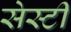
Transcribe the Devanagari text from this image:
सेस्टी